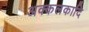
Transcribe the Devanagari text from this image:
अक्कलकादि